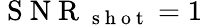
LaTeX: \mathrm{~S~N~R~}_{\mathrm{~s~h~o~t~}}=1